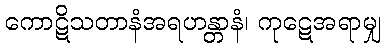
ကောဋိသတာနံအရဟန္တာနံ၊ ကုဋေအရာမျှ